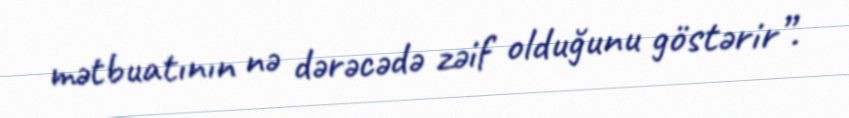
mətbuatının nə dərəcədə zəif olduğunu göstərir”.